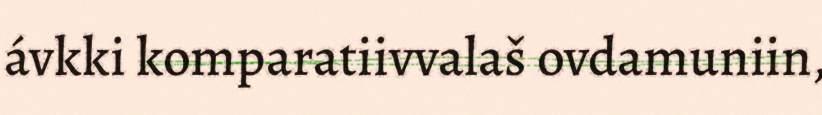
ávkki komparatiivvalaš ovdamuniin,